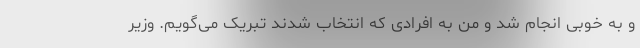
و به خوبی انجام شد و من به افرادی که انتخاب شدند تبریک می‌گویم. وزیر